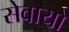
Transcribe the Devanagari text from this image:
सेवायो